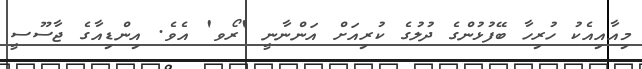
މިއާއިއެކު ހުރިހާ ބޭފުޅުންގެ ދުލުގެ ކުރިއަށް އަންނާނީ 'ރޯވ' އެވެ. އިންޑިއާގެ ޖާސޫސީ